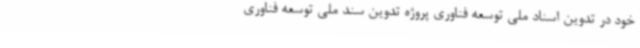
خود در تدوین اسناد ملی توسعه فناوری پروژه تدوین سند ملی توسعه فناوری